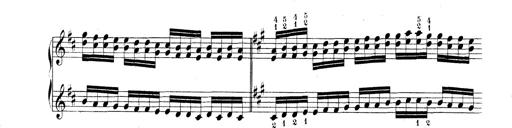
Title: Technische Studien
Composer: Franz Liszt